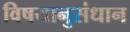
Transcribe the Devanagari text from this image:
विषयानुसंधान